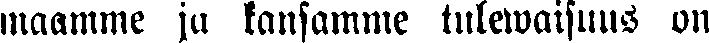
maamme ja kansamme tulewaisuus on